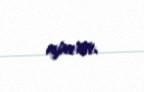
aparır.